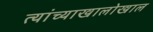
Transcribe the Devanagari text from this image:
त्यांच्याखालोखाल